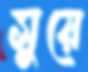
সুয়ে